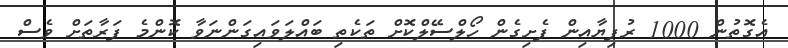
އެގޮތުން 1000 ރުފިޔާއިން ފެށިގެން ހޯލްސޭލްކޮށް ތަކެތި ބައްލަވައިގަންނަވާ ކޮންމެ ފަރާތަށް ވެސް